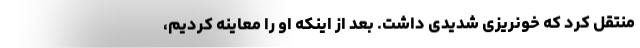
منتقل کرد که خونریزی شدیدی داشت. بعد از اینکه او را معاینه کردیم،